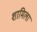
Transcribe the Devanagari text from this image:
शामिला